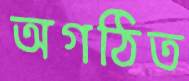
অগঠিত